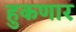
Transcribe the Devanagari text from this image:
हुकणार